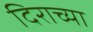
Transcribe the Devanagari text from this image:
दिराच्या